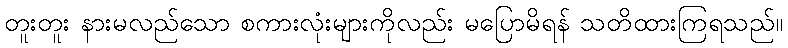
တူးတူး နားမလည်သော စကားလုံးများကိုလည်း မပြောမိရန် သတိထားကြရသည်။